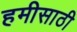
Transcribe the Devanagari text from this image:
हमीसाठी